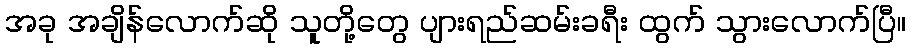
အခု အချိန်လောက်ဆို သူတို့တွေ ပျားရည်ဆမ်းခရီး ထွက် သွားလောက်ပြီ။